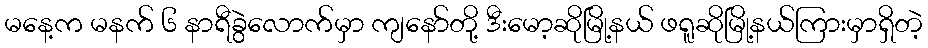
မနေ့က မနက် ၆ နာရီခွဲလောက်မှာ ကျနော်တို့ ဒီးမော့ဆိုမြို့နယ် ဖရူဆိုမြို့နယ်ကြားမှာရှိတဲ့